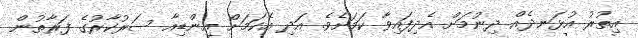
އިތުރު އުޅަނދެއް ދިނުމަށް އެދިފައިވާ ކަމަށެވެ. އަދި އެކަމަށް އިންޑިއާ ސަރުކާރުގެ ފަރާތުން